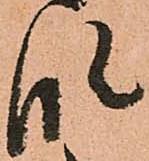
段